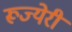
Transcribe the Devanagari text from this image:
रूज्येरी